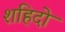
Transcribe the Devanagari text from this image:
शहिदो